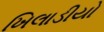
ખિલાડીયો